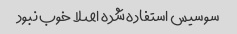
سوسیس استفاده شده اصلا خوب نبود